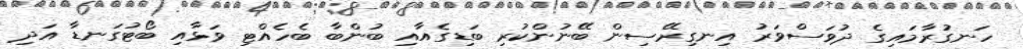
ހަނގުރާމައިގެ ދުވަސްވަރު އިނގިރޭސިން ބޭނުންކުރި ބަޑިގެއާއި ބުންބާ ބެހެއްޓި ވަޅާއި ބޯޓުގަނޑާ އަދި